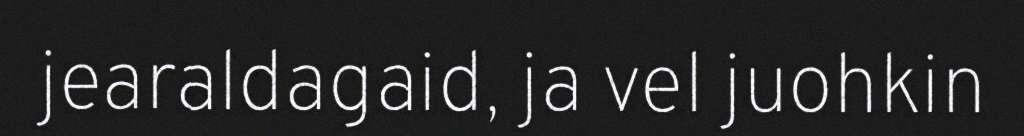
jearaldagaid, ja vel juohkin